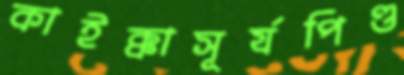
কাইক্কাসূর্যপিণ্ড